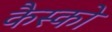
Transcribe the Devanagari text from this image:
कैस्को